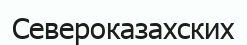
Североказахских